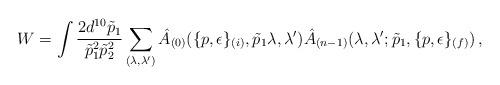
LaTeX: \begin{align*}W=\int\frac{2d^{10}\tilde p_1}{\tilde p_1^2\tilde p_2^2}\sum_{(\lambda,\lambda')}\hat A_{(0)}(\{p,\epsilon\}_{(i)},\tilde p_1\lambda,\lambda')\hat A_{(n-1)}(\lambda,\lambda';\tilde p_1,\{p,\epsilon\}_{(f)})\,,\end{align*}